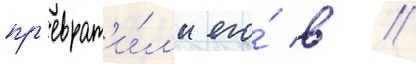
пр'еврат'и́л'и его́ в //